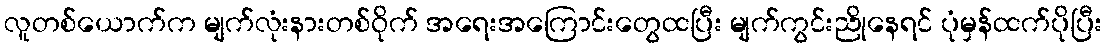
လူတစ်ယောက်က မျက်လုံးနားတစ်ဝိုက် အရေးအကြောင်းတွေထပြီး မျက်ကွင်းညိုနေရင် ပုံမှန်ထက်ပိုပြီး